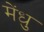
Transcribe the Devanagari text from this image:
मेंधु